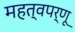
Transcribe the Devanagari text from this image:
महत्वपर्णू